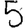
Digit: 5